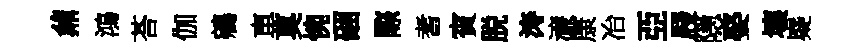
鼐鴻荅伽鵷車莫惋硱際耆賓脱涛濓康冶亞屐隠娶壤嶷